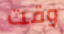
وقت